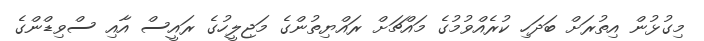
މިގުޅުން އިތުރަށް ބަދަހި ކުރެއްވުމުގެ މައްޗަށް ރައްޔިތުންގެ މަޖިލީހުގެ ރައީސް އާއި ސްވިޑްންގެ